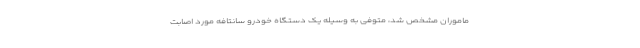
ماموران مشخص شد، متوفی به وسیله یک دستگاه خودرو سانتافه مورد اصابت